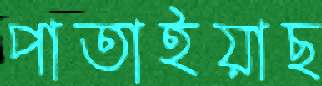
পাতাইয়াছ